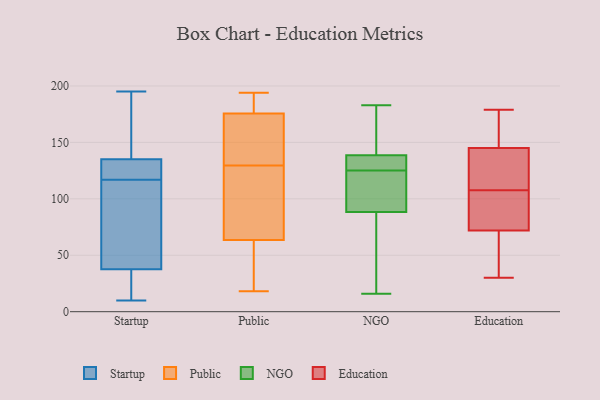
{"axis": {"x": "Waste Production (Tons)", "y": "Value"}, "legend": ["Education", "NGO", "Public", "Startup"], "data": [{"x": "", "y": 137, "type": "Startup"}, {"x": "", "y": 10, "type": "Startup"}, {"x": "", "y": 119, "type": "Startup"}, {"x": "", "y": 27, "type": "Startup"}, {"x": "", "y": 195, "type": "Startup"}, {"x": "", "y": 162, "type": "Startup"}, {"x": "", "y": 63, "type": "Startup"}, {"x": "", "y": 110, "type": "Startup"}, {"x": "", "y": 29, "type": "Startup"}, {"x": "", "y": 129, "type": "Startup"}, {"x": "", "y": 117, "type": "Startup"}, {"x": "", "y": 172, "type": "Public"}, {"x": "", "y": 44, "type": "Public"}, {"x": "", "y": 179, "type": "Public"}, {"x": "", "y": 184, "type": "Public"}, {"x": "", "y": 76, "type": "Public"}, {"x": "", "y": 149, "type": "Public"}, {"x": "", "y": 158, "type": "Public"}, {"x": "", "y": 187, "type": "Public"}, {"x": "", "y": 51, "type": "Public"}, {"x": "", "y": 44, "type": "Public"}, {"x": "", "y": 167, "type": "Public"}, {"x": "", "y": 105, "type": "Public"}, {"x": "", "y": 18, "type": "Public"}, {"x": "", "y": 110, "type": "Public"}, {"x": "", "y": 84, "type": "Public"}, {"x": "", "y": 194, "type": "Public"}, {"x": "", "y": 121, "type": "NGO"}, {"x": "", "y": 103, "type": "NGO"}, {"x": "", "y": 180, "type": "NGO"}, {"x": "", "y": 131, "type": "NGO"}, {"x": "", "y": 183, "type": "NGO"}, {"x": "", "y": 137, "type": "NGO"}, {"x": "", "y": 125, "type": "NGO"}, {"x": "", "y": 138, "type": "NGO"}, {"x": "", "y": 16, "type": "NGO"}, {"x": "", "y": 59, "type": "NGO"}, {"x": "", "y": 90, "type": "NGO"}, {"x": "", "y": 140, "type": "NGO"}, {"x": "", "y": 83, "type": "NGO"}, {"x": "", "y": 66, "type": "Education"}, {"x": "", "y": 30, "type": "Education"}, {"x": "", "y": 72, "type": "Education"}, {"x": "", "y": 179, "type": "Education"}, {"x": "", "y": 117, "type": "Education"}, {"x": "", "y": 170, "type": "Education"}, {"x": "", "y": 98, "type": "Education"}, {"x": "", "y": 79, "type": "Education"}, {"x": "", "y": 141, "type": "Education"}, {"x": "", "y": 145, "type": "Education"}]}